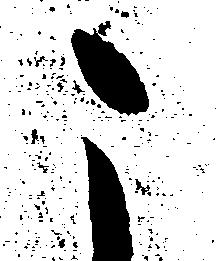
こ